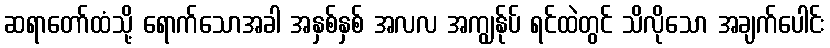
ဆရာတော်ထံသို့ ရောက်သောအခါ အနှစ်နှစ် အလလ အကျွန်ုပ် ရင်ထဲတွင် သိလိုသော အချက်ပေါင်း